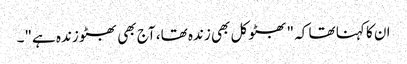
ان کا کہنا تھا کہ "بھٹو کل بھی زندہ تھا، آج بھی بھٹو زندہ ہے"۔